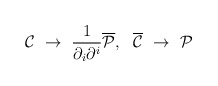
\begin{align*}{\cal C} ~\to~ \frac{1}{\partial_{i}\partial^{i}}{\overline{\cal P}} ,~~ {\overline{\cal C}} ~\to~{\cal P}\end{align*}